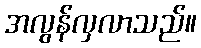
အလွန်လှလာသည်။